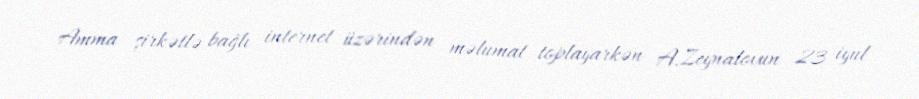
Amma şirkətlə bağlı internet üzərindən məlumat toplayarkən A.Zeynalovun 23 iyul